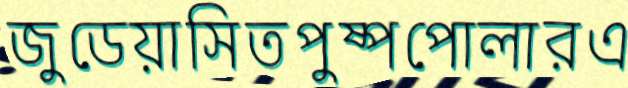
জুডেয়াসিতপুষ্পপোলারএ